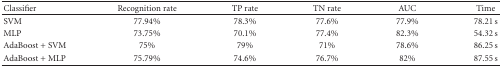
<table><thead><tr><td><b> Classifier</b></td><td><b>Recognition rate</b></td><td><b>TP rate</b></td><td><b>TN rate</b></td><td><b>AUC</b></td><td><b>Time</b></td></tr></thead><tbody><tr><td>SVM</td><td>77.94%</td><td>78.3%</td><td>77.6%</td><td>77.9%</td><td>78.21 s</td></tr><tr><td>MLP</td><td>73.75%</td><td>70.1%</td><td>77.4%</td><td>82.3%</td><td>54.32 s</td></tr><tr><td>AdaBoost + SVM</td><td>75%</td><td>79%</td><td>71%</td><td>78.6%</td><td>86.25 s</td></tr><tr><td>AdaBoost + MLP</td><td>75.79%</td><td>74.6%</td><td>76.7%</td><td>82%</td><td>87.55 s</td></tr></tbody></table>